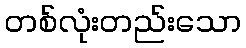
တစ်လုံးတည်းသော